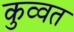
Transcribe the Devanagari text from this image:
कुव्‍वत